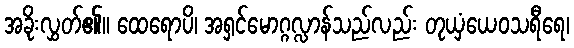
အခိုးလွှတ်၏။ ထေရောပိ၊ အရှင်မောဂ္ဂလ္လာန်သည်လည်း တုယှံယေဝသရီရေ၊